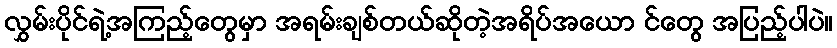
လွှမ်းပိုင်ရဲ့အကြည့်တွေမှာ အရမ်းချစ်တယ်ဆိုတဲ့အရိပ်အယော င်တွေ အပြည့်ပါပဲ။